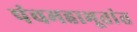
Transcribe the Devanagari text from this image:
पंचमहाभूतांत